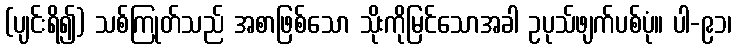
(ပျင်းရိ၍) သစ်ကြုတ်သည် အစာဖြစ်သော သိုးကိုမြင်သောအခါ ဥပုသ်ဖျက်ပစ်ပုံ။ ပါ-၉၁၊